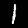
Label: 1